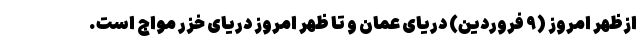
ازظهر امروز (۹ فروردین) دریای عمان و تا ظهر امروز دریای خزر مواج است.